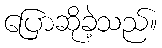
ပြောဆိုခဲ့သည်။